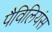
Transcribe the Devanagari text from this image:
पैविलियंस